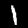
Digit: 1